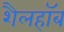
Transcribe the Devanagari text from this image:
शैलहाॅब